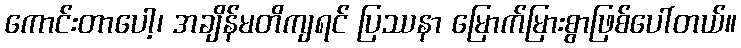
ကောင်းတာပေါ့၊ အချိန်မတိကျရင် ပြဿနာ မြောက်မြားစွာဖြစ်ပေါ်တယ်။